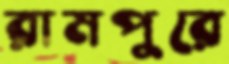
রামপুরে